Plague in India, 1896, 1897 - Volume 1
Year: 1896
Disease focus: Plague
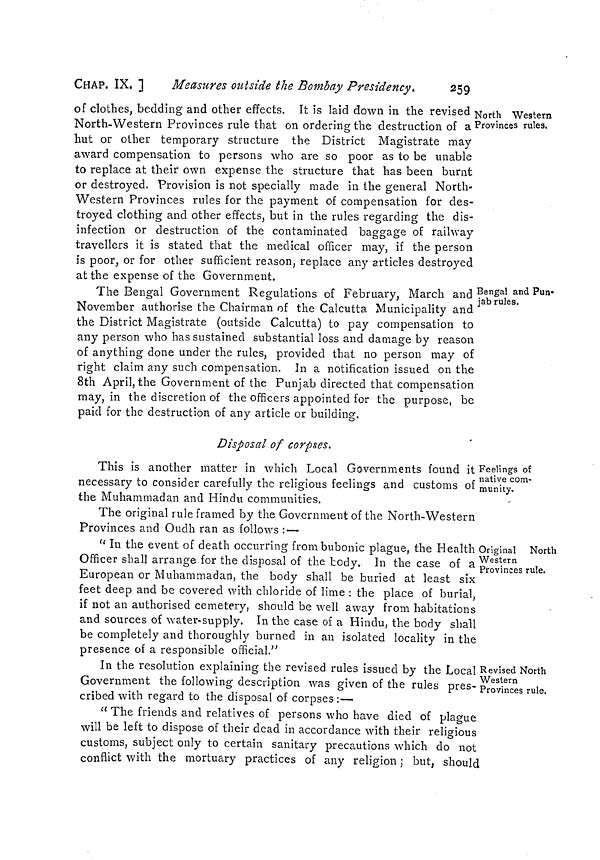
CHAP. IX. ]
Measures outside the Bombay Presidency.
259
North Western
Provinces rules.
of clothes, bedding and other effects. It is laid down in the revised
North-Western Provinces rule that on ordering the destruction of a
hut or other temporary structure the District Magistrate may
award compensation to persons who are so poor as to be unable
to replace at their own expense the structure that has been burnt
or destroyed. Provision is not specially made in the general North-
Western Provinces rules for the payment of compensation for des-
troyed clothing and other effects, but in the rules regarding the dis-
infection or destruction of the contaminated baggage of railway
travellers it is stated that the medical officer may, if the person
is poor, or for other sufficient reason, replace any articles destroyed
at the expense of the Government.
Bengal and Pun-
jab rules.
The Bengal Government Regulations of February, March and
November authorise the Chairman of the Calcutta Municipality and
the District Magistrate (outside Calcutta) to pay compensation to
any person who has sustained substantial loss and damage by reason
of anything done under the rules, provided that no person may of
right claim any such compensation. In a notification issued on the
8th April, the Government of the Punjab directed that compensation
may, in the discretion of the officers appointed for the purpose, be
paid for the destruction of any article or building.
Disposal of corpses.
Feelings of
native com-
munity.
This is another matter in which Local Governments found it
necessary to consider carefully the religious feelings and customs of
the Muhammadan and Hindu communities.
The original rule framed by the Government of the North-Western
Provinces and Oudh ran as follows :—
Original North
Western
Provinces rule.
" In the event of death occurring from bubonic plague, the Health (
Officer shall arrange for the disposal of the body. In the case of a
European or Muhammadan, the body shall be buried at least six
feet deep and be covered with chloride of lime : the place of burial,
if not an authorised cemetery, should be well away from habitations
and sources of water-supply. In the case of a Hindu, the body shall
be completely and thoroughly burned in an isolated locality in the
presence of a responsible official."
Revised North
Western
Provinces rule.
In the resolution explaining the revised rules issued by the Local
Government the following description was given of the rules pres-
cribed with regard to the disposal of corpses :—
" The friends and relatives of persons who have died of plague
will be left to dispose of their dead in accordance with their religious
customs, subject only to certain sanitary precautions which do not
conflict with the mortuary practices of any religion; but, should